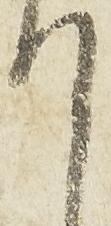
て